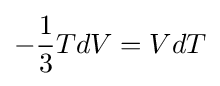
-{\frac {1}{3}}TdV=VdT